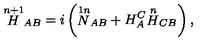
{ \stackrel { n + 1 } { H } } _ { A B } = i \left( { \stackrel { 1 n } { N } } _ { A B } + H _ { A } ^ { C } { \stackrel { n } { H } } _ { C B } \right) ,